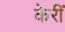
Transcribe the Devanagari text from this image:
केरीं